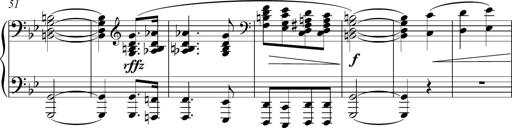
Title: Funeral March and Sonatina
Composer: Thomas Hellemans
Key: C-sharp minor